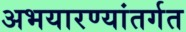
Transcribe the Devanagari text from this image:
अभयारण्यांतर्गत